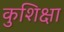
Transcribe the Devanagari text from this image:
कुशिक्षा